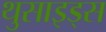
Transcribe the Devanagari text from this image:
थुसाइड्स